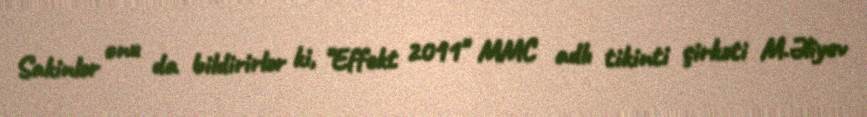
Sakinlər onu da bildirirlər ki, "Effekt 2011" MMC adlı tikinti şirkəti M.Əliyev